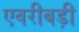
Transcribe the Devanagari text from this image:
एवरीबड़ी